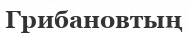
Грибановтың